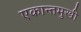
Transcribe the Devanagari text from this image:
एकान्तमुखी